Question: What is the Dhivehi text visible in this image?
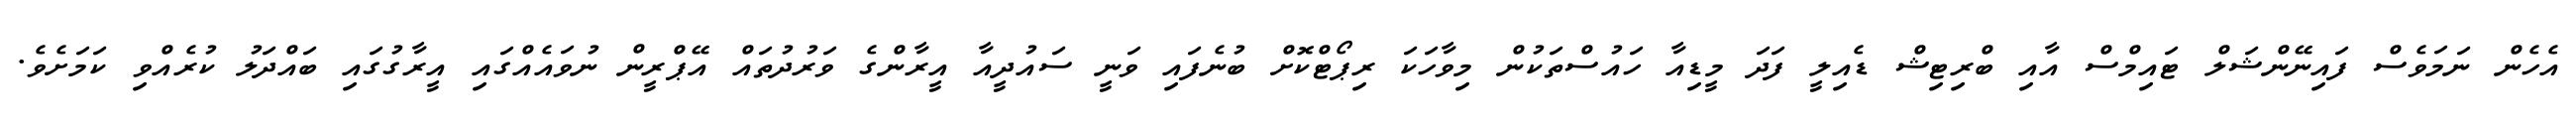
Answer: އެހެން ނަމަވެސް ފައިނޭންޝަލް ޓައިމްސް އާއި ބްރިޓިޝް ޑެއިލީ ފަދަ މީޑިއާ ހައުސްތަކުން މިވާހަކަ ރިޕޯޓްކޮށް ބުނެފައި ވަނީ ސައުދީއާ އީރާންގެ ވަރުދުތައް އޭޕްރީން ނުވައެއްގައި އީރާގުގައި ބައްދަލު ކުރެއްވި ކަމަށެވެ.